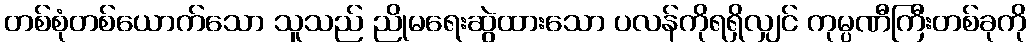
တစ်စုံတစ်ယောက်သော သူသည် ညိုမရေးဆွဲထားသော ပလန်ကိုရရှိလျှင် ကုမ္ပဏီကြီးတစ်ခုကို